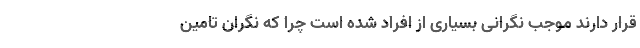
قرار دارند موجب نگرانی بسیاری از افراد شده است چرا که نگران تامین